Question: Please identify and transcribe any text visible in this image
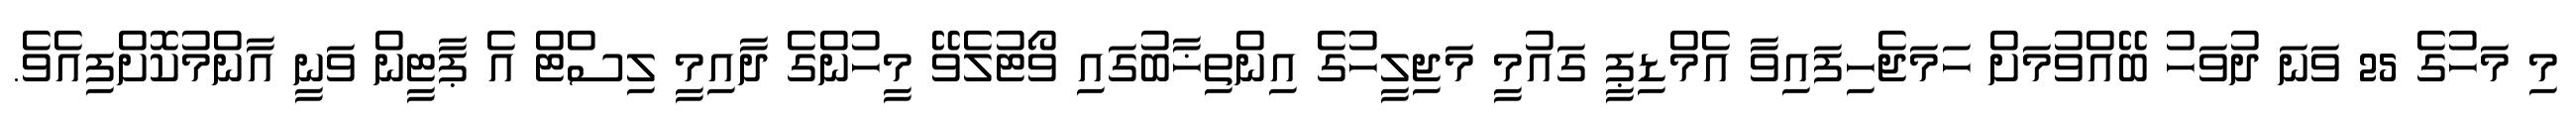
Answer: މި މަހުގެ 25 ވަނަ ދުވަހު ބޭއްވުމަށް ހަމަޖެހިފައިވާ އެމްޑިޕީ ގައުމީ މަޖިލީހުގެ އިންތިޚާބުގައި ވޯޓުލެވޭ މީހުންގެ ދާއިމީ ލިސްޓް އެ ޕާޓީން ވަނީ އާންމުކޮށްފިއެވެ.